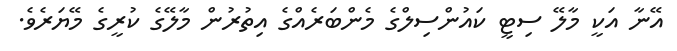
އޭނާ އަކީ މާލޭ ސިޓީ ކައުންސިލްގެ މެންބަރެއްގެ އިތުރުން މާލޭގެ ކުރީގެ މޭޔަރެވެ.